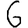
Digit: 6